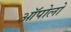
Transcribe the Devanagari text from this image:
ऑपोलो